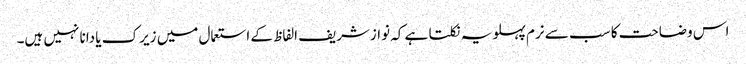
اس وضاحت کا سب سے نرم پہلو یہ نکلتا ہے کہ نوازشریف الفاظ کے استعمال میں زیرک یا دانا نہیں ہیں۔